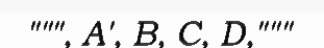
""", A', B, C, D,"""